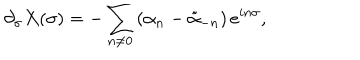
\partial _ { \sigma } X ( \sigma ) = - \sum _ { n \ne 0 } \left( \alpha _ { n } - \tilde { \alpha } _ { - n } \right) e ^ { i n \sigma } ,